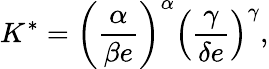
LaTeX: K^{*}=\left({\frac{\alpha}{\beta e}}\right)^{\alpha}\left({\frac{\gamma}{\delta e}}\right)^{\gamma},